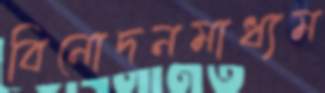
বিনোদনমাধ্যম